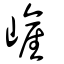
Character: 嵼